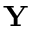
\mathbf { Y }